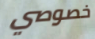
خصوصي